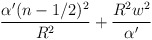
\begin{align*}\frac{\alpha '(n-1/2)^2}{R^2}+ \frac{R^2w^2}{\alpha '}\end{align*}